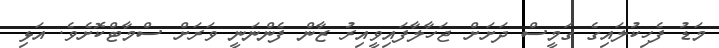
މަޑު ފެހިކުލައިގެ ގަމީސް ދަށަށް ޖަހާލާފައިވީއިރު ޒާން ފެންނަނީ ވަރަށް ސްމާޓްކޮށެވެ. އަޅި